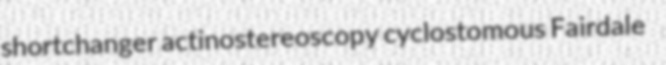
shortchanger actinostereoscopy cyclostomous Fairdale